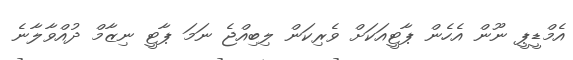
އެމްޑީޕީ ނޫން އެހެން ޕާޓީއަކަށް ވެރިކަން ލިބިއްޖެ ނަމަ ޕާޓީ ނިޒާމް ދުއްވާލާނެ